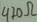
Text: 470Ω